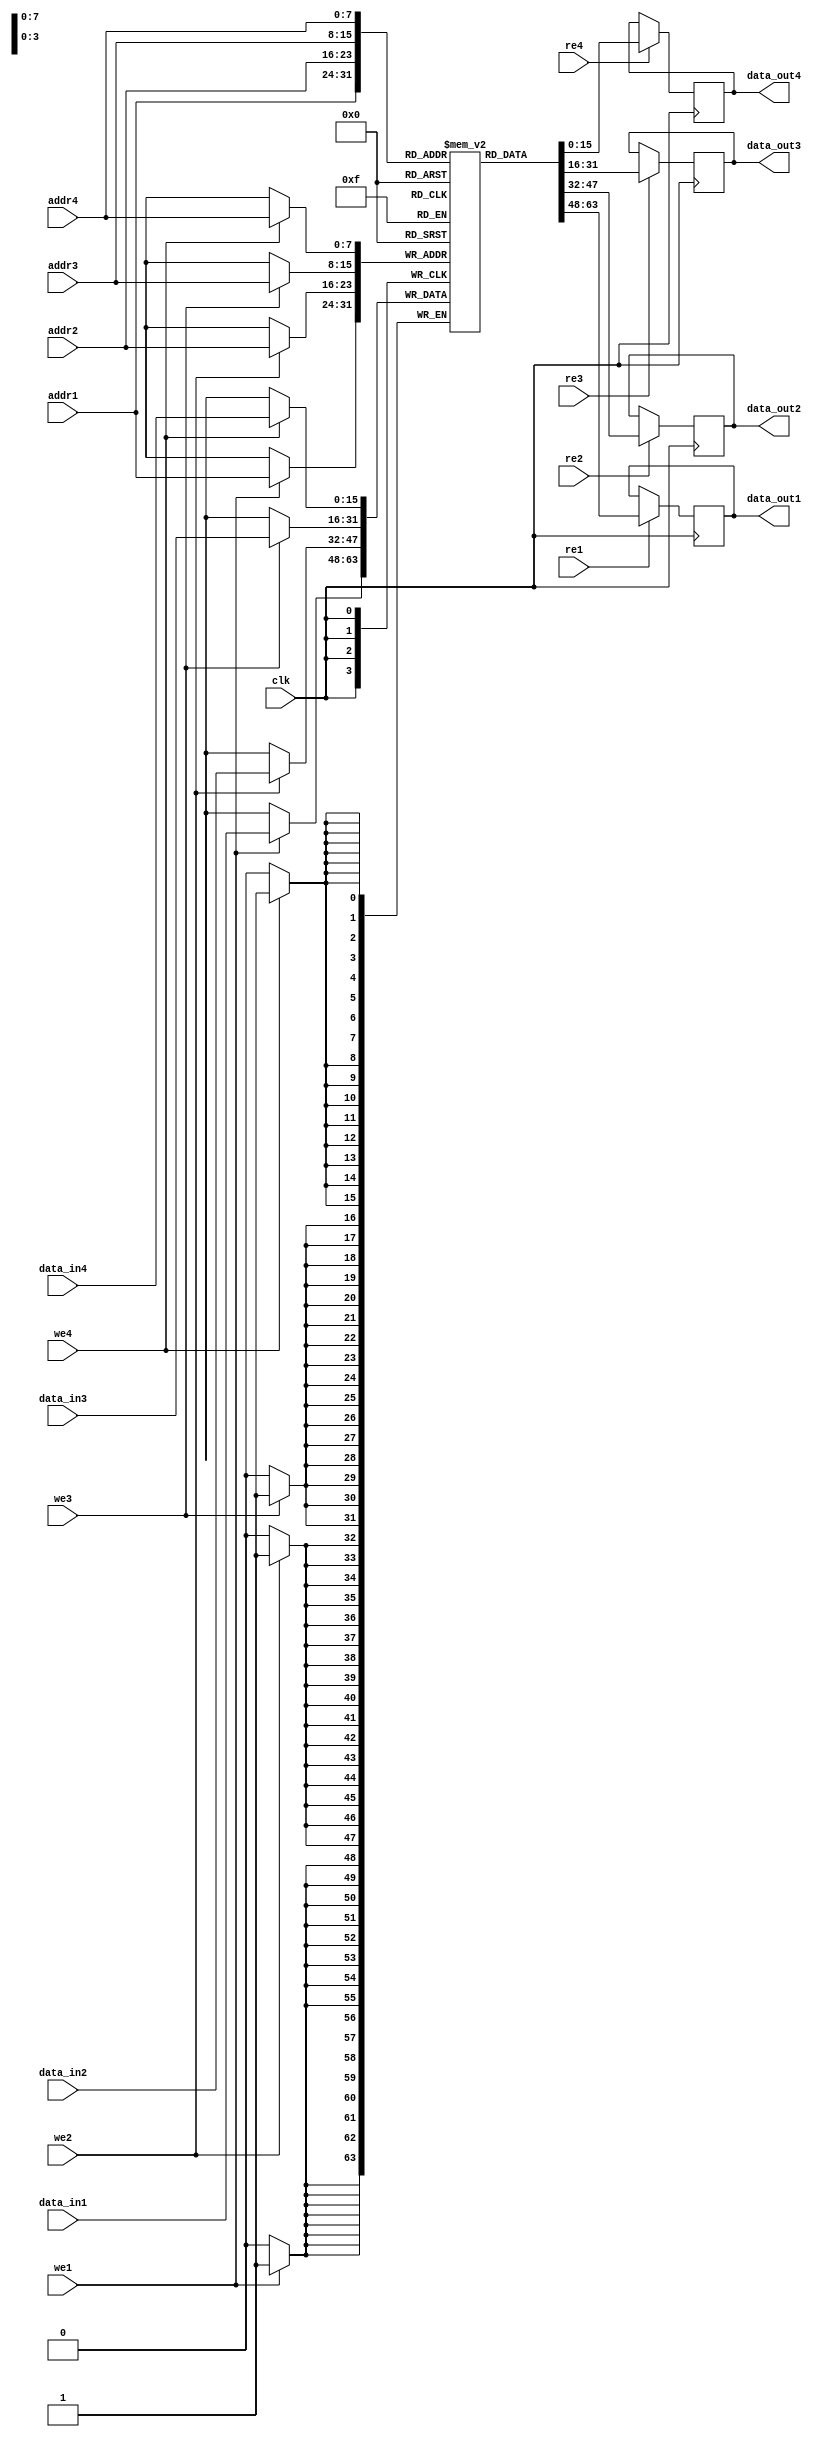
module quad_port_ram #(
    parameter ADDR_WIDTH = 8,  // Address width
    parameter DATA_WIDTH = 16,  // Data width
    parameter DEPTH = (1 << ADDR_WIDTH) // Memory depth
)(
    input wire clk,                      // Global clock
    // Port 1
    input wire [ADDR_WIDTH-1:0] addr1,  // Address for Port 1
    input wire [DATA_WIDTH-1:0] data_in1, // Data input for Port 1
    output reg [DATA_WIDTH-1:0] data_out1, // Data output for Port 1
    input wire we1,                     // Write enable for Port 1
    input wire re1,                     // Read enable for Port 1

    // Port 2
    input wire [ADDR_WIDTH-1:0] addr2,  // Address for Port 2
    input wire [DATA_WIDTH-1:0] data_in2, // Data input for Port 2
    output reg [DATA_WIDTH-1:0] data_out2, // Data output for Port 2
    input wire we2,                     // Write enable for Port 2
    input wire re2,                     // Read enable for Port 2

    // Port 3
    input wire [ADDR_WIDTH-1:0] addr3,  // Address for Port 3
    input wire [DATA_WIDTH-1:0] data_in3, // Data input for Port 3
    output reg [DATA_WIDTH-1:0] data_out3, // Data output for Port 3
    input wire we3,                     // Write enable for Port 3
    input wire re3,                     // Read enable for Port 3

    // Port 4
    input wire [ADDR_WIDTH-1:0] addr4,  // Address for Port 4
    input wire [DATA_WIDTH-1:0] data_in4, // Data input for Port 4
    output reg [DATA_WIDTH-1:0] data_out4, // Data output for Port 4
    input wire we4,                     // Write enable for Port 4
    input wire re4                      // Read enable for Port 4
);

    // Memory array
    reg [DATA_WIDTH-1:0] memory [0:DEPTH-1];

    // Port 1 logic
    always @(posedge clk) begin
        if (we1) begin
            memory[addr1] <= data_in1; // Write operation
        end
        if (re1) begin
            data_out1 <= memory[addr1]; // Read operation
        end
    end

    // Port 2 logic
    always @(posedge clk) begin
        if (we2) begin
            memory[addr2] <= data_in2; // Write operation
        end
        if (re2) begin
            data_out2 <= memory[addr2]; // Read operation
        end
    end

    // Port 3 logic
    always @(posedge clk) begin
        if (we3) begin
            memory[addr3] <= data_in3; // Write operation
        end
        if (re3) begin
            data_out3 <= memory[addr3]; // Read operation
        end
    end

    // Port 4 logic
    always @(posedge clk) begin
        if (we4) begin
            memory[addr4] <= data_in4; // Write operation
        end
        if (re4) begin
            data_out4 <= memory[addr4]; // Read operation
        end
    end

endmodule